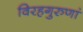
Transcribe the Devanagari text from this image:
विरहगुरुणां